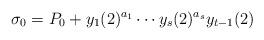
LaTeX: \begin{align*}\sigma_0=P_0+y_1(2)^{a_1}\cdots y_s(2)^{a_s}y_{t-1}(2)\end{align*}